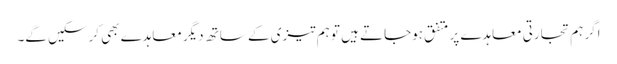
اگر ہم تجارتی معاہدے پر متفق ہوجاتے ہیں تو ہم تیزی کے ساتھ دیگر معاہدے بھی کرسکیں گے۔